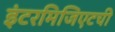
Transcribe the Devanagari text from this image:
इंटरमिजिएटची